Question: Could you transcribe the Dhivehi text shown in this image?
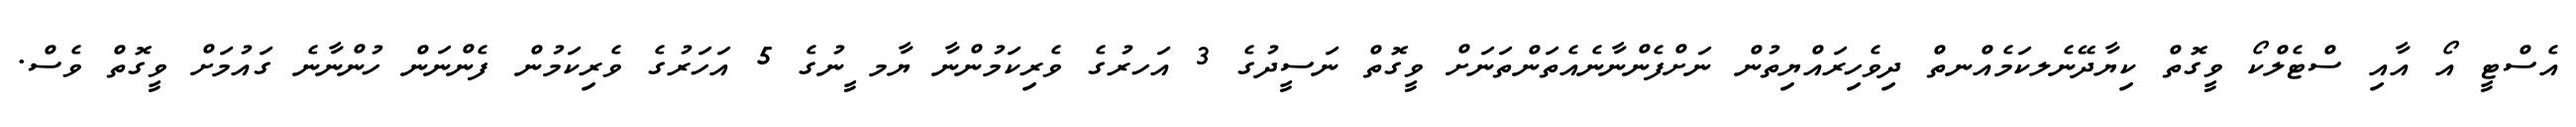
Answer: އެސްޓީ އޯ އާއި ސްޓެލްކޯ ވީގޮތް ކިޔާދޭނެލކަމެއްނތް ދިވެހިރައްޔިތުން ނަށްފެންނާނެއެތަންތަނަށް ވީގޮތް ނަސީދުގެ 3 އަހރުގެ ވެރިކަމުންނާ ޔާމ ީނުގެ 5 އަހަރުގެ ވެރިކަމުން ފެންނަން ހުންނާނެ ގައުމަށް ވީގޮތް ވެސް.